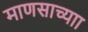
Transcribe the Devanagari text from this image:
माणसाच्याा